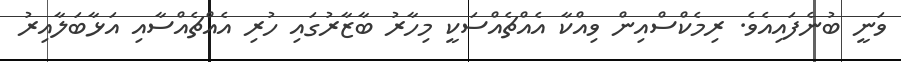
ވަނީ ބުނެފައިއެވެ. ރިމެކްސްއިން ވިއްކާ އެއްޗެއްސަކީ މިހާރު ބާޒާރުގައި ހުރި އެއްޗެއްސާއި އަޅާބަލާއިރު